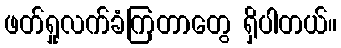
ဖတ်ရှုလက်ခံကြတာတွေ ရှိပါတယ်။